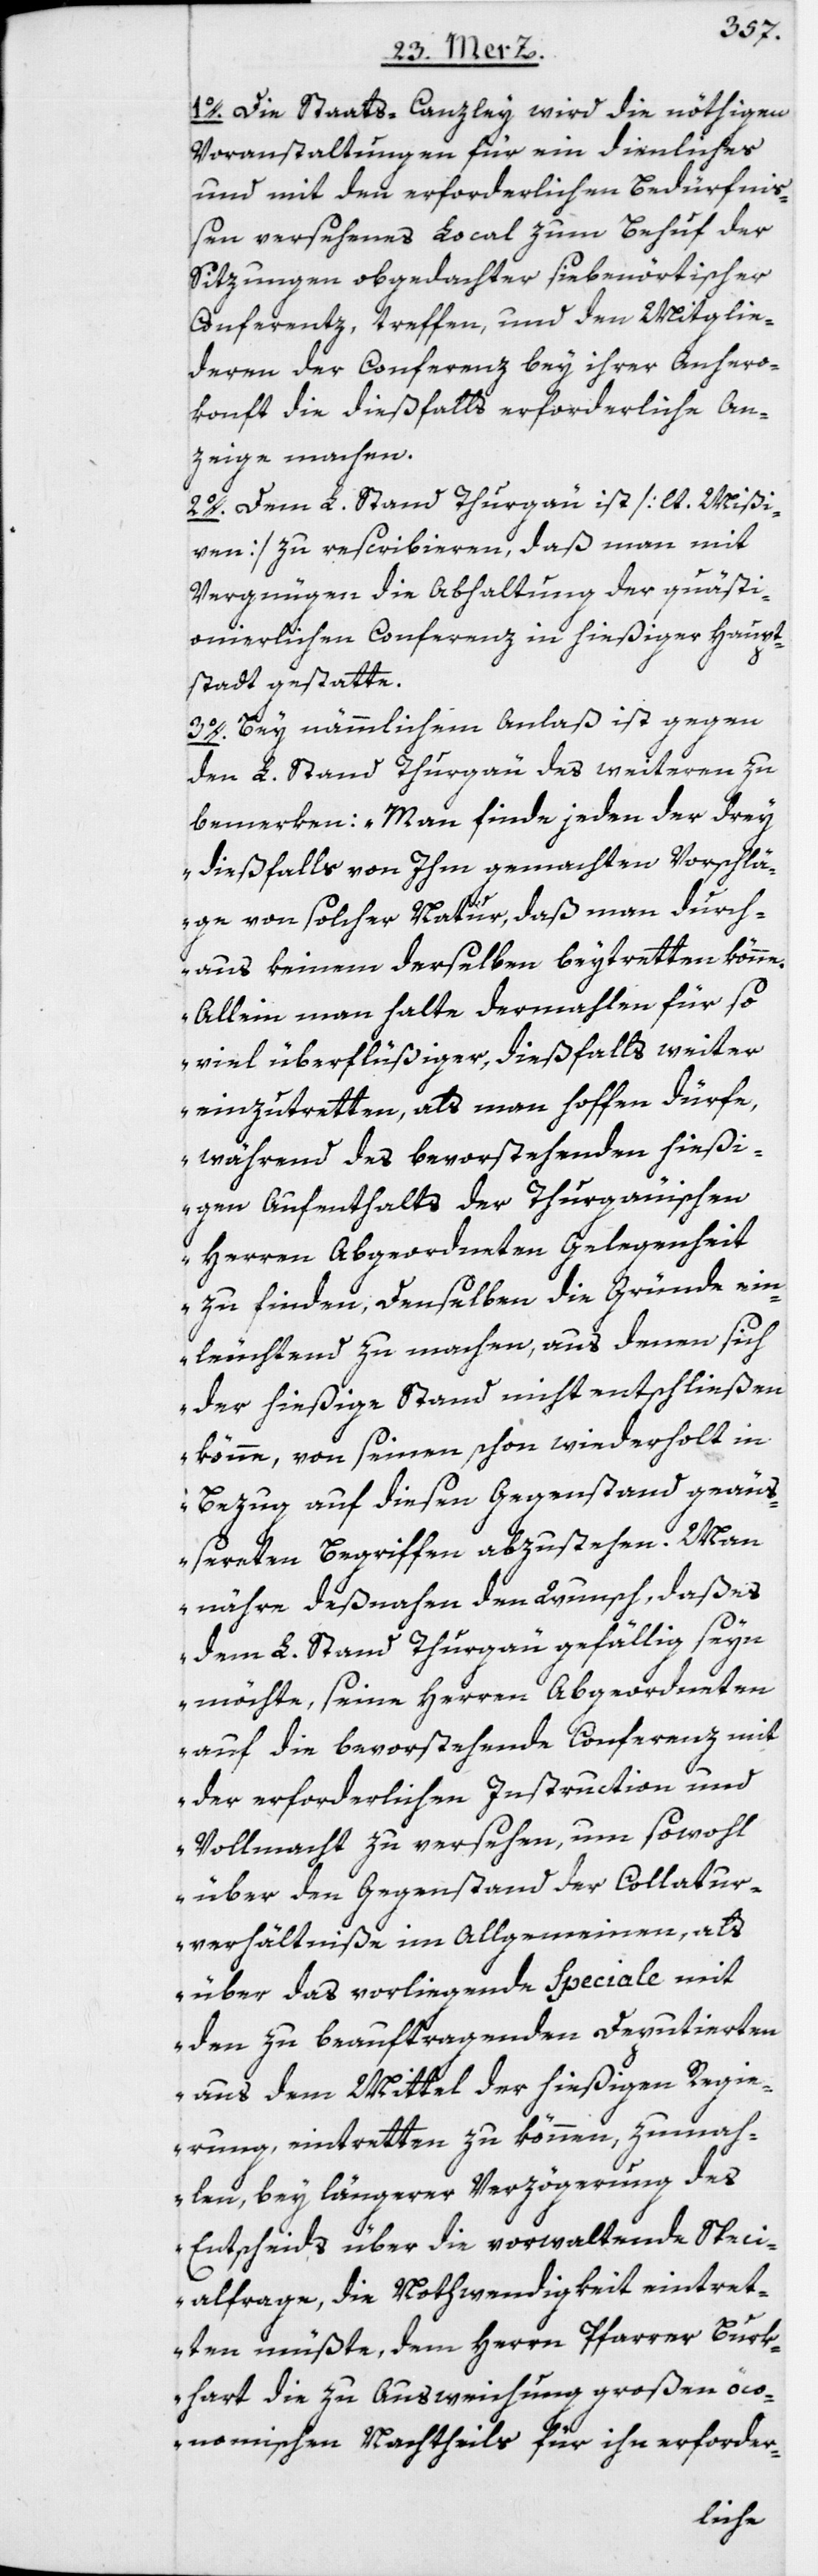
1o. Die Staats-Canzley wird die nöthigen
Voranstaltungen für ein dienliches
und mit den erforderlichen Bedürfniß¬
en versehenes Local zum Behuf der
Sitzungen obgedachter siebenörtischer
Conferentz, treffen, und den Mitglie¬
deren der Conferenz bey ihrer Anhero¬
konft die dießfalls erforderliche An¬
zeige machen.
2o. Dem L. Stand Thurgau ist [lt. Mißi¬
ven] zu rescribieren, daß man mit
Vergnügen die Abhaltung der quästi¬
onierlichen Conferenz in hießiger Haupt¬
stadt gestatte.
3o. Bey nämmlichem Anlaß ist gegen
den L. Stand Thurgau des weiteren zu
bemerken: „Man finde jeden der drey
dießfalls von Ihm gemachten Vorschlä¬
ge von solcher Natur, daß man durch¬
aus keinem derselben beytretten könne.
Allein man halte dermahlen für so
viel überflüßiger, dießfalls weiter
einzutretten, als man hoffen dürfe,
während des bevorstehenden hießi¬
gen Aufenthalts der Thurgauischen
Herren Abgeordneten Gelegenheit
zu finden, Denselben die Gründe ein¬
leuchtend zu machen, aus denen sich
der hießige Stand nicht entschließen
könne, von seinen schon wiederholt in
Bezug auf diesen Gegenstand geäu¬
ßerten Begriffen abzustehen. Man
nähre deßnahen den Wunsch, daß es
dem L. Stand Thurgau gefällig seyn
möchte, seine Herren Abgeordneten
auf die bevorstehende Conferenz mit
der erforderlichen Instruction und
Vollmacht zu versehen, um sowohl
über den Gegenstand der Collatur¬
verhältniße im Allgemeinen, als
über das vorliegende Speciale mit
den zu beauftragenden Deputierten
aus dem Mittel der hießigen Regie¬
rung, eintretten zu können, zumah¬
len, bey längerer Verzögerung des
Entscheids über die vorwaltende Speci¬
alfrage, die Nothwendigkeit eintret¬
ten müßte, dem Herrn Pfarrer Burk¬
hart die zu Ausweichung großen öco¬
nomischen Nachtheils für ihn erforder-